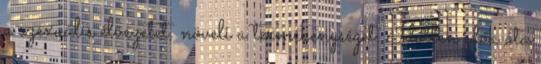
a szexuális élvezetet, növeli a termékenységet. Időtlen idők óta